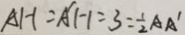
A H = A ^ { \prime } H = 3 = \frac { 1 } { 2 } A A ^ { \prime }